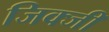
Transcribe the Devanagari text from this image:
जिक्जी